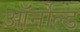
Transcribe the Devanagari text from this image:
ऑर्नोल्ड